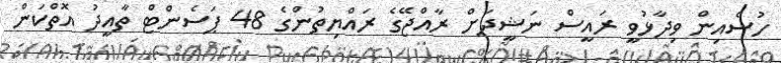
ހުސެއިން ވިދާޅުވީ ރައީސް ނަޝީދަށް ރާއްޖޭގެ ރައްޔިތުންގެ 48 ޕަސެންޓް ތާއީދު އޮތްކަން